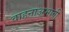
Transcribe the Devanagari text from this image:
वाहनाअभावी